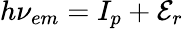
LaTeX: h\nu_{em}=I_{p}+\mathcal{E}_{r}